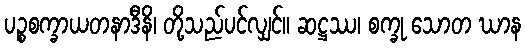
ပဉ္စစက္ခာယတနာဒီနိ၊ တို့သည်ပင်လျှင်။ ဆဋ္ဌဿ၊ စက္ခု သောတ ဃာန